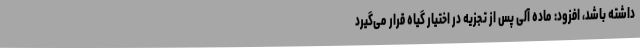
داشته باشد، افزود: ماده آلی پس از تجزیه در اختیار گیاه قرار می‌گیرد